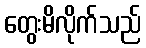
တွေးမိလိုက်သည်